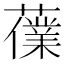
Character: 𧀸